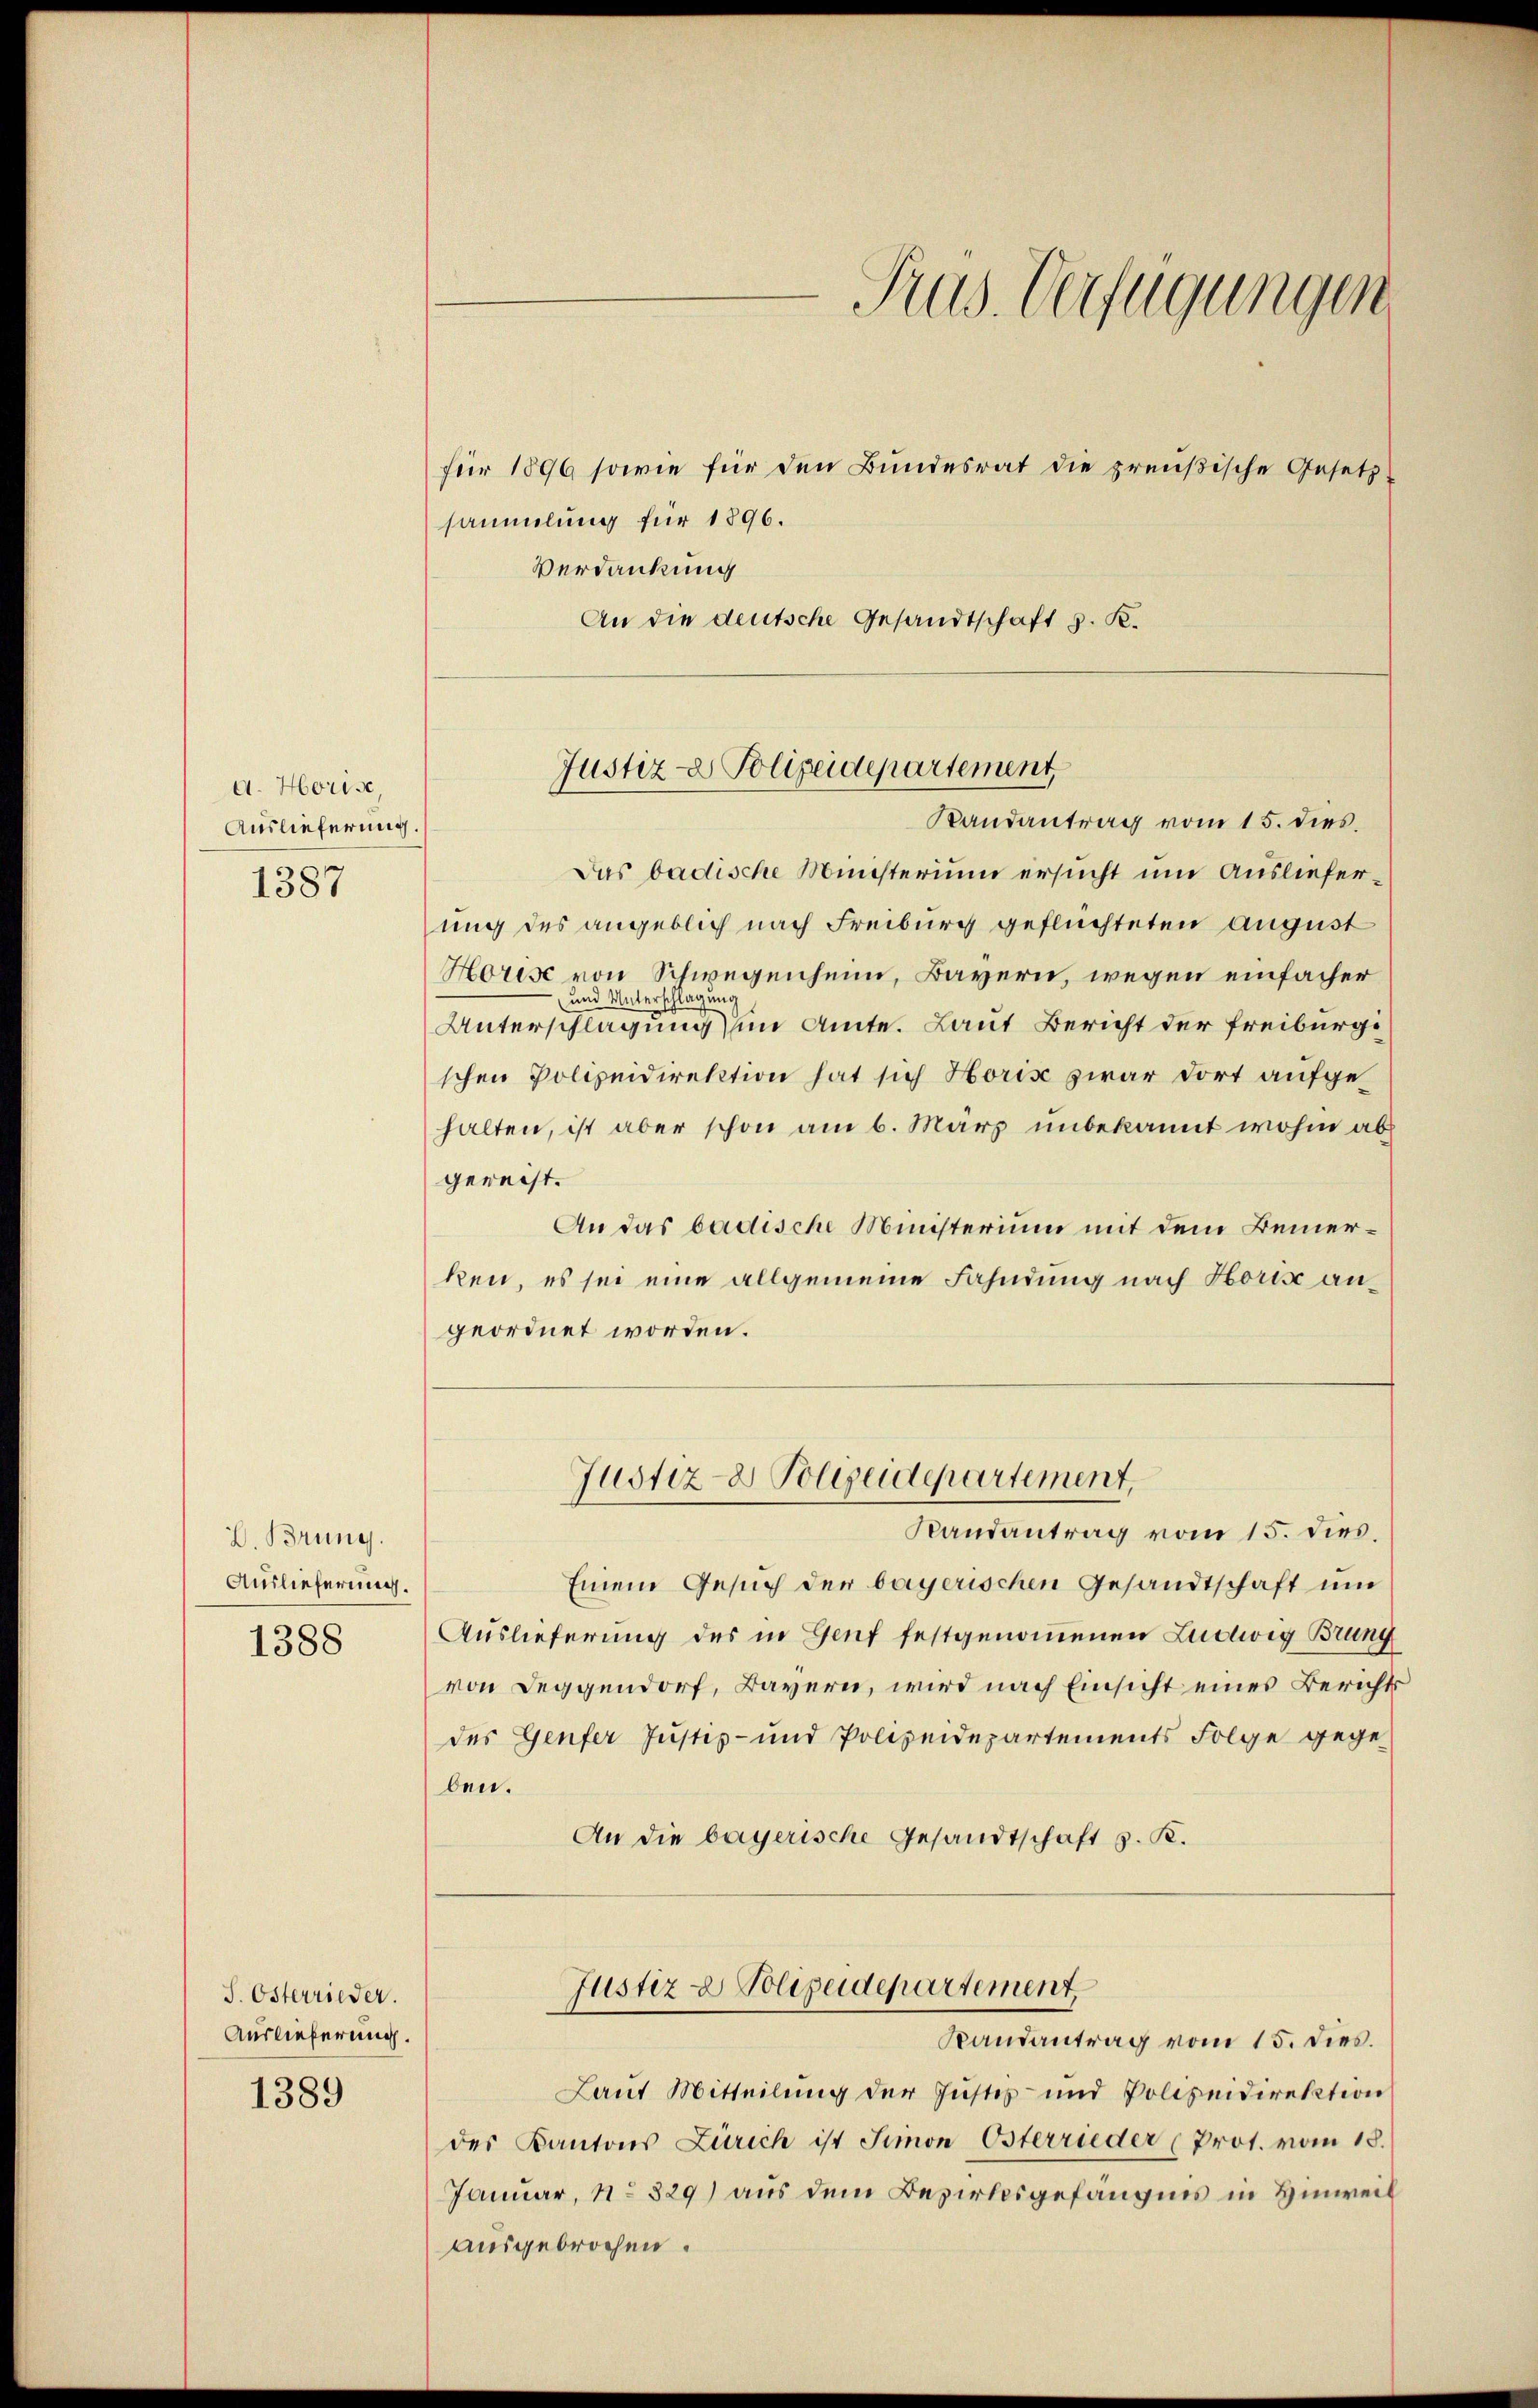
d. Horise
Auslieferung.
1387

D. Brung.
Auslieferung.
1388

S. Österrieder.
Auslieferung.

1389

sammlung für 1896.
Verdankung
An die deutsche Gesandtschaft v. K.

Trus. Verfügungen
für 1896 sowie für den Bundesrat die preußische Gesetz

Justiz- & Polizeidepartement
Randantrag vom 15. dies.

Das badische Ministerium ersucht um Auslieferung des angeblich nach Freiburg geflüchteten August
Horise von Schwegenheim, Bayern, wegen einfacher
und Unterschlagung
Unterschlagung um Amte. Laut Bericht der Freiburgschen Polizeidirektion hat sich Horis zwar dort aufgehalten, ist aber schon am 6. März unbekannt wohin ab
gerecht.
An das badische Ministerium mit dem Bemerken, es sei eine allgemeine Fahndung nach Horis angeordnet worden.
Justiz- Polizeidepartement.
Randantrag vom 15. dies
Einem Gesuch der bayerischen Gesandtschaft um
Auslieferung des in Genf festgenommenen Ludwig Brung
von Leggendorf, Bayern, wird nach Einsicht eines Berichts
des Genfer Justiz- und Polizeidepartements Folge gegeben.
An die bayerische Gesandtschaft z. K.

Justiz & Polizeidepartement
Randantrag vom 15. dies.

Laut Mitteilung der Instes- und Polizeidirektion
des Kantons Zürich ist Simon Osterrieder (Prot. vom 18.
Januar, No 329) aus dem Bezirksgefängnis in Hinweil
ausgebrochen.